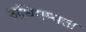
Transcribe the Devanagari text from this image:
अधिगम्यता